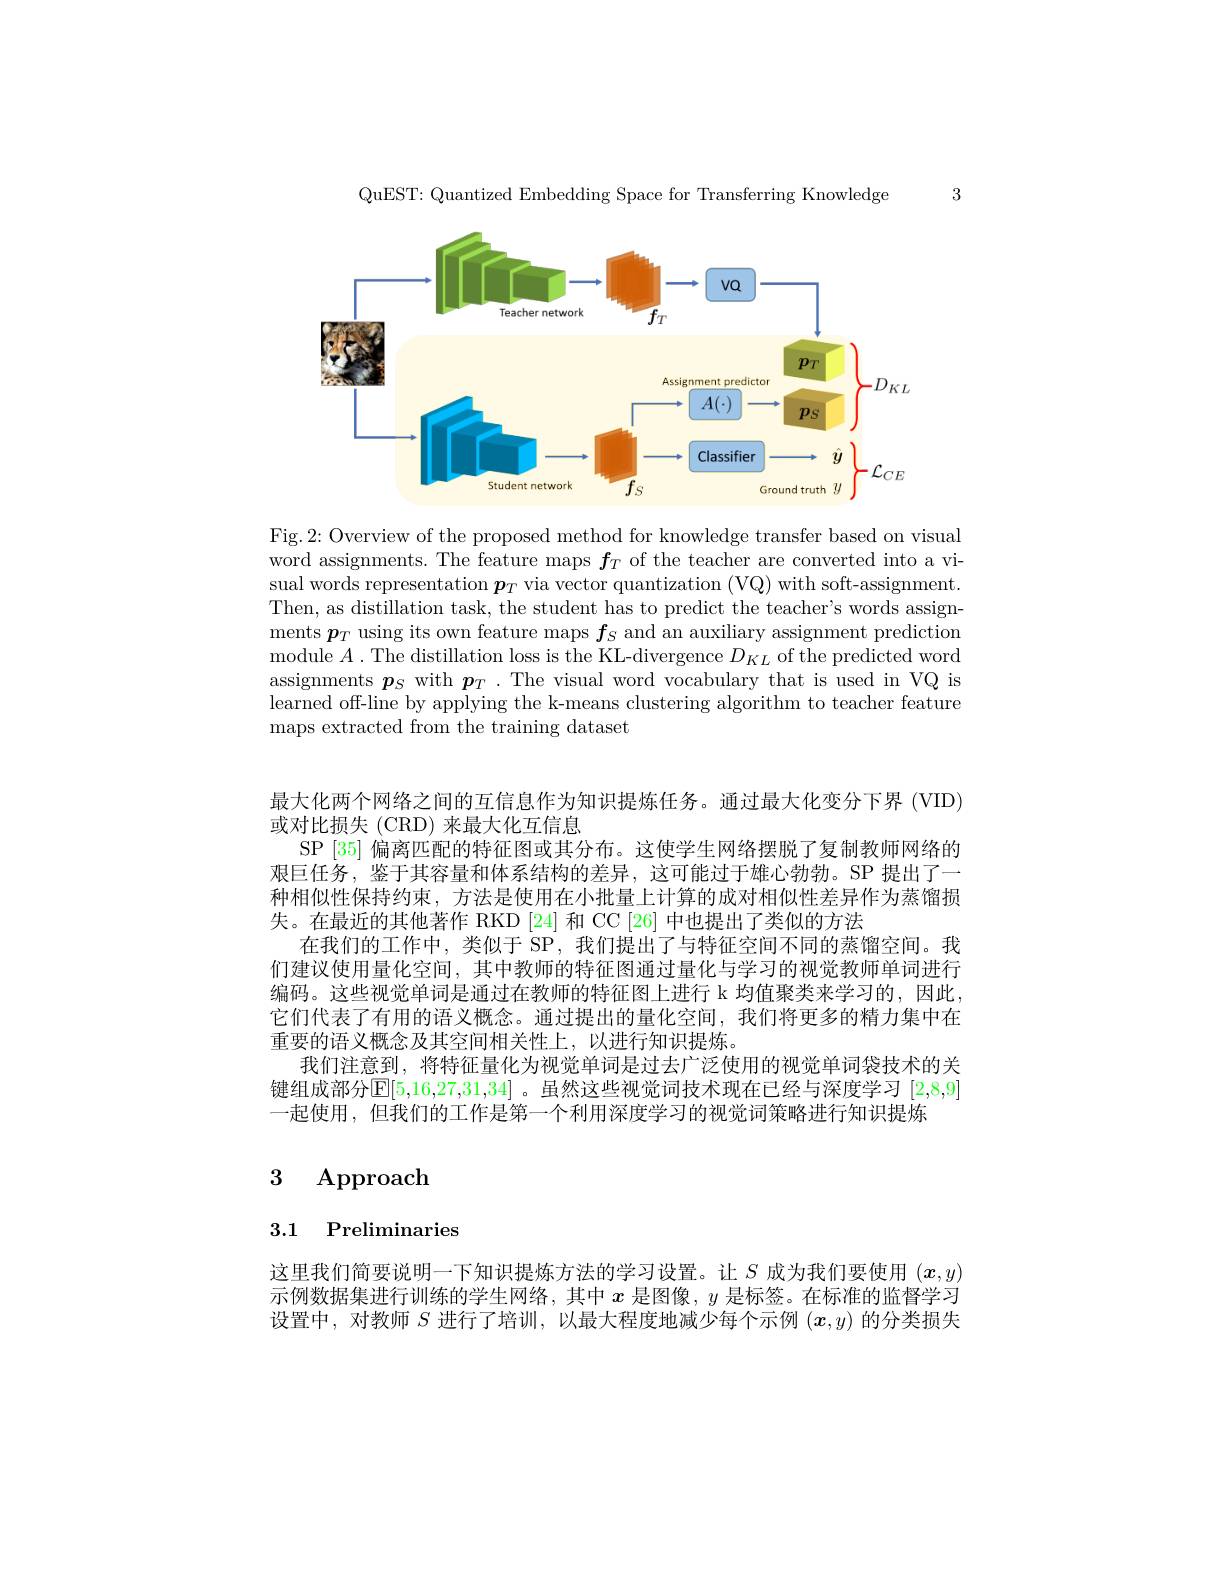
QuEST: Quantized Embedding Space for Transferring Knowledge

3

<FigureHere>

Fig.2: Overview of the proposed method for knowledge transfer based on visual word assignments. The feature maps $f_{T}$ of the teacher are converted into a visual words representation $\boldsymbol{p}_T$ via vector quantization (VQ) with soft-assignment. Then, as distillation task, the student has to predict the teacher's words assignments $\boldsymbol{p}_T$ using its own feature maps $f_S$ and an auxiliary assignment prediction module $A.$ The distillation loss is the KL-divergence $D_KL$ of the predicted word assignments $\boldsymbol{p}_S$ with $\boldsymbol{p}_T.$ The visual word vocabulary that is used in VQ is learned off-line by applying the k-means clustering algorithm to teacher feature maps extracted from the training dataset

最大化两个网络之间的互信息作为知识提炼任务。通过最大化变分下界 (VID)

或对比损失(CRD) 来最大化互信息
SP |35|偏离匹配的特征图或其分布。这使学生网络摆脱了复制教师网络的艰巨任务，鉴于其容量和体系结构的差异，这可能过于雄心勃勃。SP 提出了一种相似性保持约束，方法是使用在小批量上计算的成对相似性差异作为蒸馏损失。在最近的其他著作 RKD [24] 和 CC[26] 中也提出了类似的方法
在我们的工作中，类似于 SP, 我们提出了与特征空间不同的蒸馏空间。我们建议使用量化空间，其中教师的特征图通过量化与学习的视觉教师单词进行编码。这些视觉单词是通过在教师的特征图上进行 k 均值聚类来学习的，因此， 它们代表了有用的语义概念。通过提出的量化空间，我们将更多的精力集中在重要的语义概念及其空间相关性上，以进行知识提炼。
我们注意到，将特征量化为视觉单词是过去广泛使用的视觉单词袋技术的关键组成部分$\mathbb{E}[5,16,27,31,34]$。虽然这些视觉词技术现在已经与深度学习 [2,8,9] 一起使用，但我们的工作是第一个利用深度学习的视觉词策略进行知识提炼

## 3 Approach

## 3.1 Preliminaries

这里我们简要说明一下知识提炼方法的学习设置。让$S$成为我们要使用$(\boldsymbol{x},y)$ 示例数据集进行训练的学生网络，其中$x$是图像，$y$是标签。在标准的监督学习设置中，对教师$S$进行了培训，以最大程度地减少每个示例$(\boldsymbol{x},y)$的分类损失